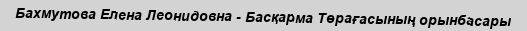
Бахмутова Елена Леонидовна - Басқарма Төрағасының орынбасары